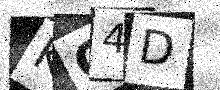
Text: KC4D